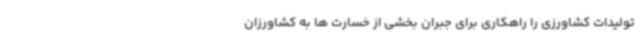
تولیدات کشاورزی را راهکاری برای جبران بخشی از خسارت ها به کشاورزان